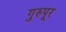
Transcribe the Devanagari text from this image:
गुरुपूर